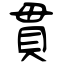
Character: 貫